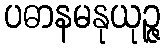
ပဓာနမနုယုဉ္ဇ